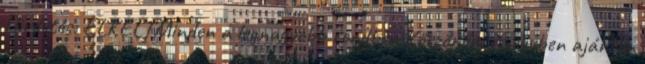
Hirdetés: ELKELTMinden a legnagyobb rendben Köszönöm és egyben ajánlom